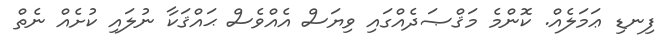
ފިނޑި ޢަމަލެއް. ކޮންމެ މަޤްޞަދެއްގައި ވިޔަސް އެއްވެސް ޙައްޤަކާ ނުލައި ކުށެއް ނެތް